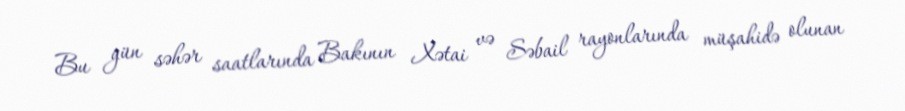
Bu gün səhər saatlarında Bakının Xətai və Səbail rayonlarında müşahidə olunan